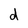
Character: d